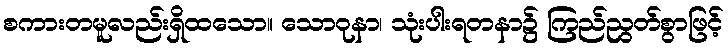
စကားတမူလည်းရှိထသော။ သောဝုနာ၊ သုံးပါးရတနာ၌ ကြည်ညွတ်စွာဖြင့်